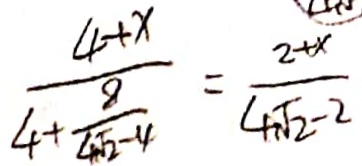
\frac { 4 + x } { 4 + \frac { 8 } { 4 \sqrt { 2 } - 4 } } = \frac { 2 + x } { 4 \sqrt { 2 } - 2 }